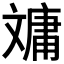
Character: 𣁠